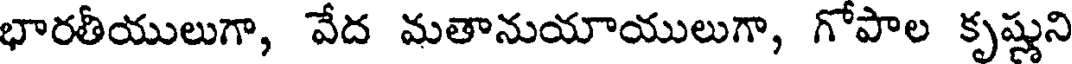
భారతీయులుగా, వేద మతానుయాయులుగా, గోపాల కృష్ణుని